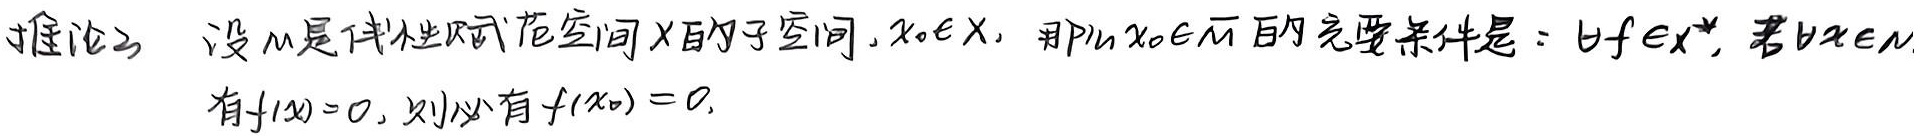
推论2 设$N$是线性赋范空间$X$的子空间，$x_0 \in X$，那么$x_0 \in \overline{N}$的充要条件是：$\forall f \in X^*$，若$\forall x \in N$有$f(x)=0$，则必有$f(x_0)=0$。